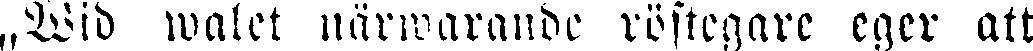
„Wid walet närwarande röstegare eger att